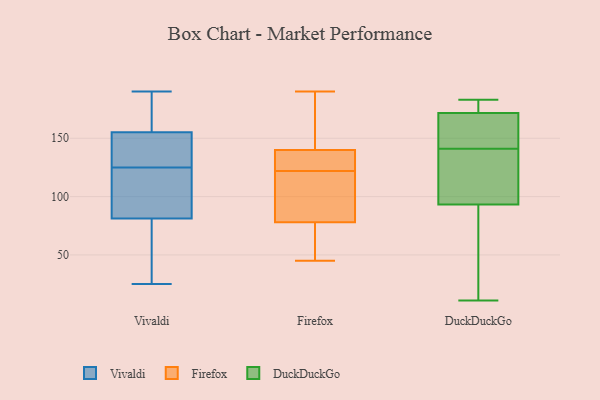
{"axis": {"x": "Latency (ms)", "y": "Value"}, "legend": ["DuckDuckGo", "Firefox", "Vivaldi"], "data": [{"x": "", "y": 190, "type": "Vivaldi"}, {"x": "", "y": 122, "type": "Vivaldi"}, {"x": "", "y": 42, "type": "Vivaldi"}, {"x": "", "y": 171, "type": "Vivaldi"}, {"x": "", "y": 159, "type": "Vivaldi"}, {"x": "", "y": 188, "type": "Vivaldi"}, {"x": "", "y": 70, "type": "Vivaldi"}, {"x": "", "y": 100, "type": "Vivaldi"}, {"x": "", "y": 125, "type": "Vivaldi"}, {"x": "", "y": 133, "type": "Vivaldi"}, {"x": "", "y": 128, "type": "Vivaldi"}, {"x": "", "y": 25, "type": "Vivaldi"}, {"x": "", "y": 101, "type": "Vivaldi"}, {"x": "", "y": 144, "type": "Vivaldi"}, {"x": "", "y": 75, "type": "Vivaldi"}, {"x": "", "y": 136, "type": "Firefox"}, {"x": "", "y": 62, "type": "Firefox"}, {"x": "", "y": 151, "type": "Firefox"}, {"x": "", "y": 131, "type": "Firefox"}, {"x": "", "y": 84, "type": "Firefox"}, {"x": "", "y": 123, "type": "Firefox"}, {"x": "", "y": 140, "type": "Firefox"}, {"x": "", "y": 187, "type": "Firefox"}, {"x": "", "y": 99, "type": "Firefox"}, {"x": "", "y": 45, "type": "Firefox"}, {"x": "", "y": 78, "type": "Firefox"}, {"x": "", "y": 61, "type": "Firefox"}, {"x": "", "y": 121, "type": "Firefox"}, {"x": "", "y": 190, "type": "Firefox"}, {"x": "", "y": 11, "type": "DuckDuckGo"}, {"x": "", "y": 97, "type": "DuckDuckGo"}, {"x": "", "y": 173, "type": "DuckDuckGo"}, {"x": "", "y": 183, "type": "DuckDuckGo"}, {"x": "", "y": 137, "type": "DuckDuckGo"}, {"x": "", "y": 167, "type": "DuckDuckGo"}, {"x": "", "y": 171, "type": "DuckDuckGo"}, {"x": "", "y": 154, "type": "DuckDuckGo"}, {"x": "", "y": 30, "type": "DuckDuckGo"}, {"x": "", "y": 141, "type": "DuckDuckGo"}, {"x": "", "y": 169, "type": "DuckDuckGo"}, {"x": "", "y": 92, "type": "DuckDuckGo"}, {"x": "", "y": 181, "type": "DuckDuckGo"}, {"x": "", "y": 78, "type": "DuckDuckGo"}, {"x": "", "y": 129, "type": "DuckDuckGo"}, {"x": "", "y": 172, "type": "DuckDuckGo"}, {"x": "", "y": 109, "type": "DuckDuckGo"}, {"x": "", "y": 51, "type": "DuckDuckGo"}, {"x": "", "y": 181, "type": "DuckDuckGo"}]}